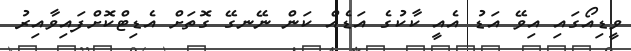
ވީޑިއޯގައި އިވޭ އަޑު އެއީ ކާކުގެ އަޑެއް ކަން ނޭނގޭ ގޮތަށް އެޑިޓްކޮށްފައިވާއިރު